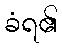
ခံရ၏